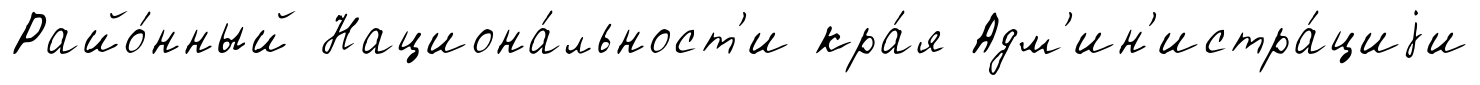
Райо́нный Национа́льност'и кра́я Адм'ин'истра́циjи